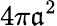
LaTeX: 4\pi\mathfrak{a}^{2}